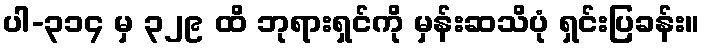
ပါ-၃၁၄ မှ ၃၂၉ ထိ ဘုရားရှင်ကို မှန်းဆသိပုံ ရှင်းပြခန်း။